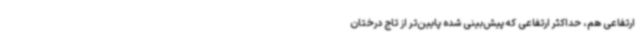
ارتفاعی هم، حداکثر ارتفاعی که پیش‌بینی شده پایین‌تر از تاج درختان